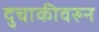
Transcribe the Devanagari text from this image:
दुचाकीवरुन